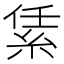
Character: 䋕